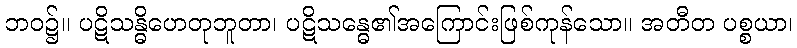
ဘဝ၌။ ပဋိသန္ဓိဟေတုဘူတာ၊ ပဋိသန္ဓေ၏အကြောင်းဖြစ်ကုန်သော။ အတီတ ပစ္စယာ၊